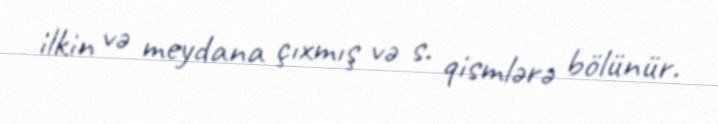
ilkin və meydana çıxmış və s. qismlərə bölünür.